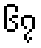
၆၇